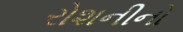
રોશનીનો